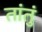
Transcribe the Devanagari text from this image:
तांतुं